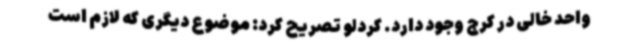
واحد خالی در کرج وجود دارد. کردلو تصریح کرد: موضوع دیگری که لازم است